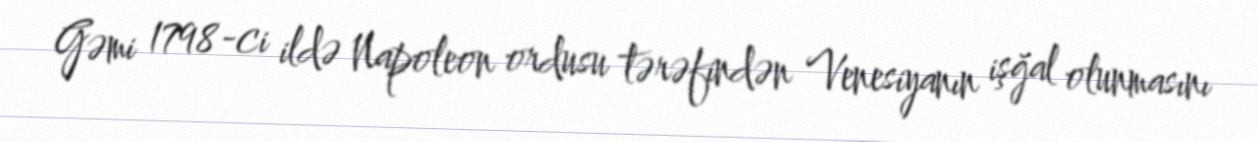
Gəmi 1798-ci ildə Napoleon ordusu tərəfindən Venesiyanın işğal olunmasını